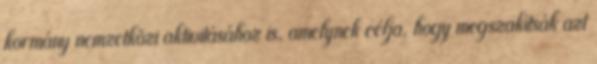
kormány nemzetközi aktivitásához is, amelynek célja, hogy megszakítsák azt